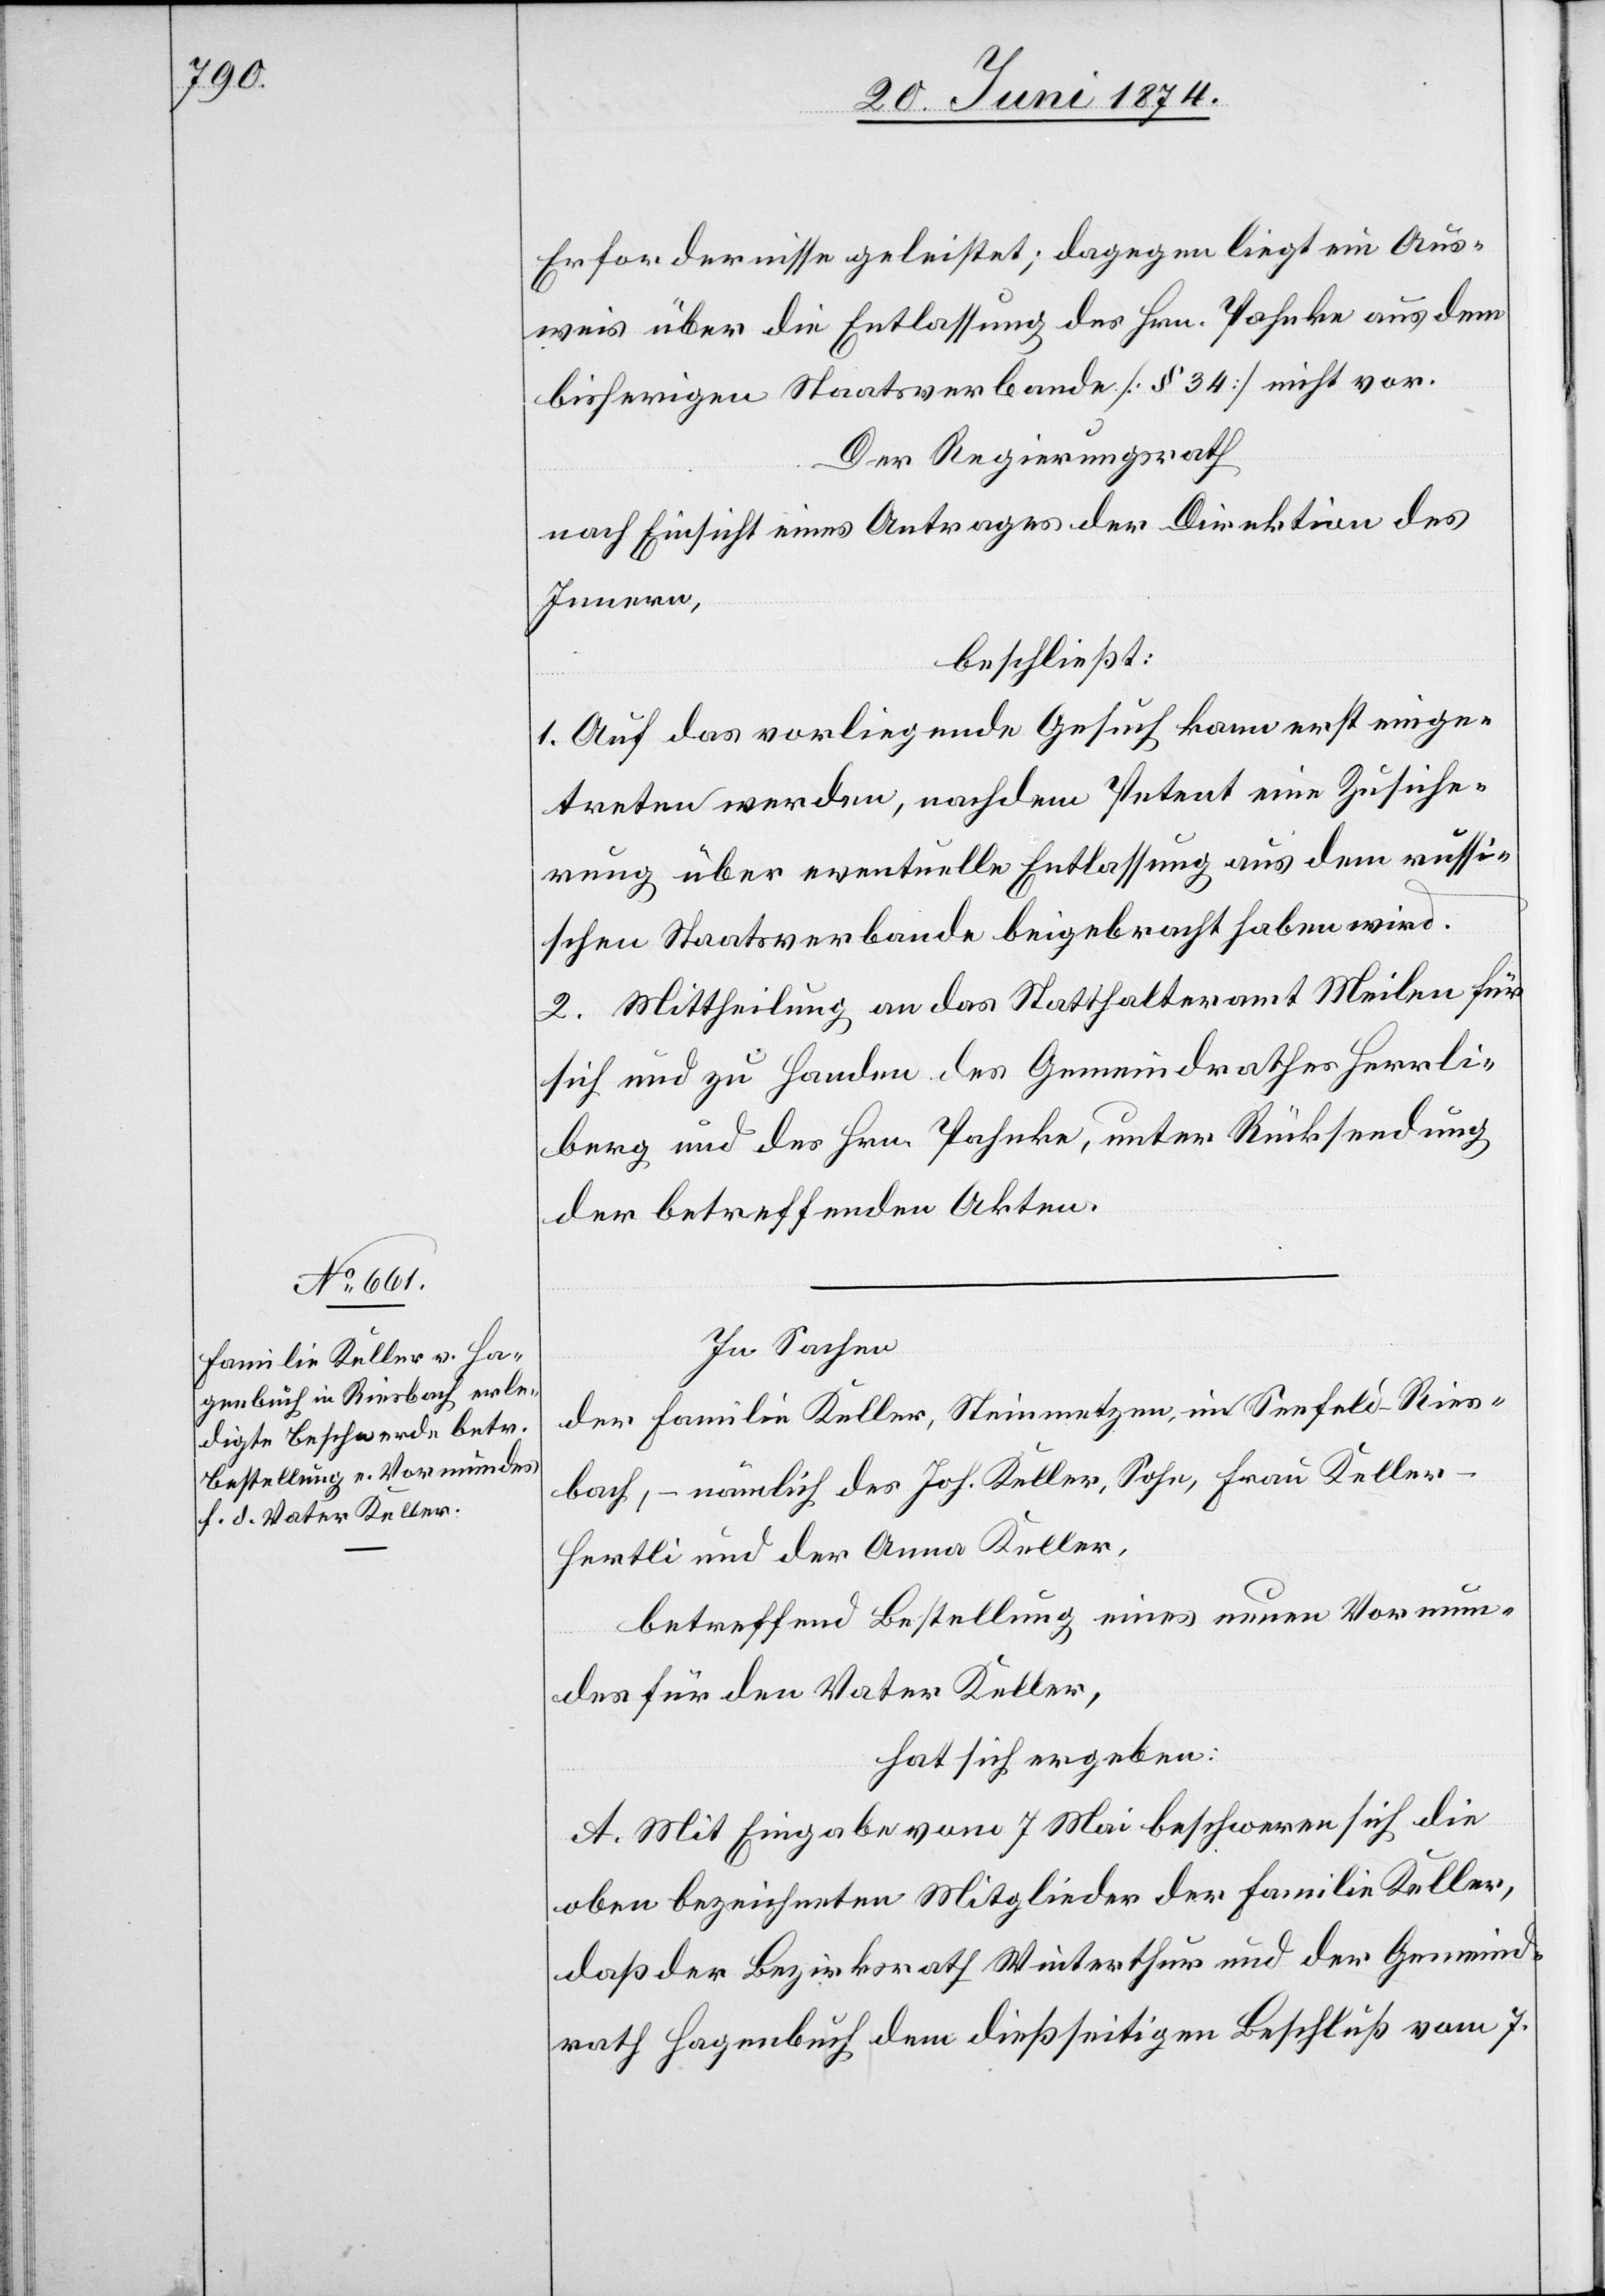
Erfordernisse geleistet; dagegen liegt ein Aus¬
weis über die Entlassung des Hrn. Pahnke aus dem
bisherigen Staatsverbande [§ 34] nicht vor.
Der Regierungsrath
nach Einsicht eines Antrages der Direktion des
Innern,
beschließt:
1. Auf das vorliegende Gesuch kann erst einge¬
treten werden, nachdem Petent eine Zusiche¬
rung über eventuelle Entlassung aus dem russi¬
schen Staatsverbande beigebracht haben wird.
2. Mittheilung an das Statthalteramt Meilen für
sich und zu Handen des Gemeindrathes Herrli¬
berg und des Hrn. Pahnke, unter Rücksendung
der betreffenden Akten.
In Sachen
der Familie Keller, Steinmetzen, im Seefeld-Ries¬
bach, – nämlich des Joh. Keller, Sohn, Frau Keller-H¬
ertli und der Anna Keller,
betreffend Bestellung eines neuen Vormun¬
des für den Vater Keller,
hat sich ergeben:
A. Mit Eingabe vom 7. Mai beschweren sich die
oben bezeichneten Mitglieder der Familie Keller,
daß der Bezirksrath Winterthur und der Gemeind¬
rath Hagenbuch dem dießseitigen Beschluß vom 7.